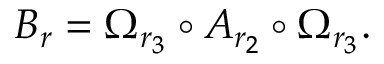
B _ { r } = \Omega _ { r _ { 3 } } \circ A _ { r _ { 2 } } \circ \Omega _ { r _ { 3 } } .